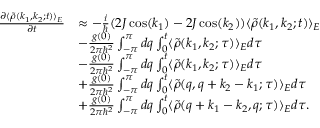
\begin{array} { r l } { \frac { \partial \langle \tilde { \rho } ( k _ { 1 } , k _ { 2 } ; t ) \rangle _ { E } } { \partial t } } & { \approx - \frac { i } { \hbar } ( 2 J \cos ( k _ { 1 } ) - 2 J \cos ( k _ { 2 } ) ) \langle \tilde { \rho } ( k _ { 1 } , k _ { 2 } ; t ) \rangle _ { E } } \\ & { - \frac { g ( 0 ) } { 2 \pi \hbar ^ { 2 } } \int _ { - \pi } ^ { \pi } d q \int _ { 0 } ^ { t } \langle \tilde { \rho } ( k _ { 1 } , k _ { 2 } ; \tau ) \rangle _ { E } d \tau } \\ & { - \frac { g ( 0 ) } { 2 \pi \hbar ^ { 2 } } \int _ { - \pi } ^ { \pi } d q \int _ { 0 } ^ { t } \langle \tilde { \rho } ( k _ { 1 } , k _ { 2 } ; \tau ) \rangle _ { E } d \tau } \\ & { + \frac { g ( 0 ) } { 2 \pi \hbar ^ { 2 } } \int _ { - \pi } ^ { \pi } d q \int _ { 0 } ^ { t } \langle \tilde { \rho } ( q , q + k _ { 2 } - k _ { 1 } ; \tau ) \rangle _ { E } d \tau } \\ & { + \frac { g ( 0 ) } { 2 \pi \hbar ^ { 2 } } \int _ { - \pi } ^ { \pi } d q \int _ { 0 } ^ { t } \langle \tilde { \rho } ( q + k _ { 1 } - k _ { 2 } , q ; \tau ) \rangle _ { E } d \tau . } \end{array}